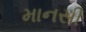
માનસી